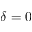
\delta = 0